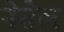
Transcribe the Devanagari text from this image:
नेसेल